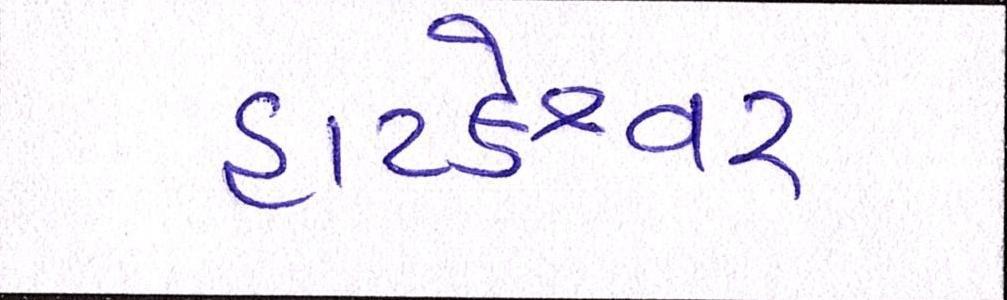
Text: હાટકેશ્વર